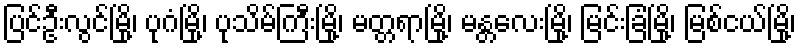
ပြင်ဦးလွင်မြို့၊ ပုဂံမြို့၊ ပုသိမ်ကြီးမြို့၊ မတ္တရာမြို့၊ မန္တလေးမြို့၊ မြင်းခြံမြို့၊ မြစ်ငယ်မြို့၊